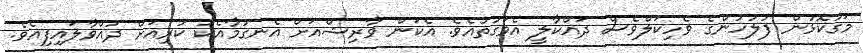
މަގުކޮޅުން ފުލުހުންގެ ވެހިކަލްވެސް ދައްކާލީ އެވަގުތުއެވެ. އެކަން ވާރިޝްއަށް އެނގުމާއެކު ކުރިއަށް ދުއްވާލައިފިއެވެ.